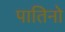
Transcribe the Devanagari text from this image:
पातिनो